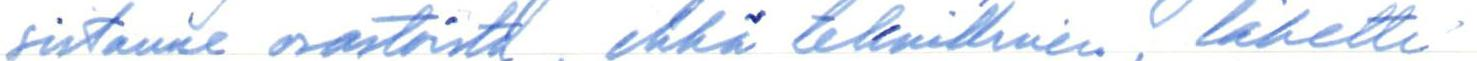
sistanne osastoista, ehkä teknillinen, lähetti